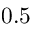
0 . 5